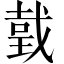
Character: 𢧜